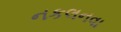
નકલનવા